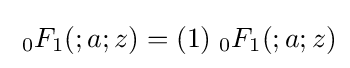
\;{}_{0}F_{1}(;a;z)=(1)\;{}_{0}F_{1}(;a;z)